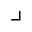
\lrcorner